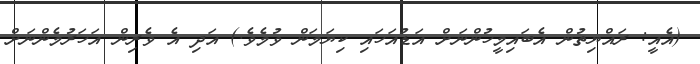
(އެއީ: ރައްޔިތުން އެބައިމީހުންނަށް އަޑުއަހައި ކިޔަމަން ވުމެވެ.) އަދި އެ ވެރިން އަހަރުމެންނަށް